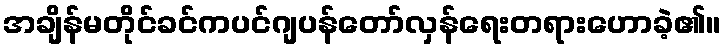
အချိန်မတိုင်ခင်ကပင်ဂျပန်တော်လှန်ရေးတရားဟောခဲ့၏။